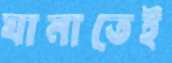
ঘানাতেই